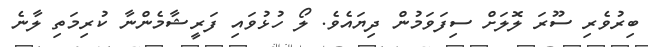
ބިރުވެރި ސޫރަ ލޮލަށް ސިފަވަމުން ދިޔައެވެ. ލޯ ހުޅުވައި ފަރީޝާމެންނާ ކުރިމަތި ލާނެ